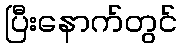
ပြီးနောက်တွင်